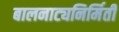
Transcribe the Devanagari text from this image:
बालनाट्यनिर्मिती